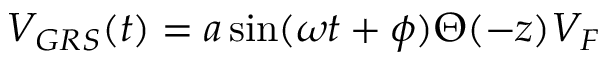
V _ { G R S } ( t ) = a \sin ( \omega t + \phi ) \Theta ( - z ) V _ { F }